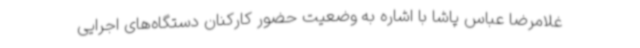
غلامرضا عباس پاشا با اشاره به وضعیت حضور کارکنان دستگاه‌های اجرایی